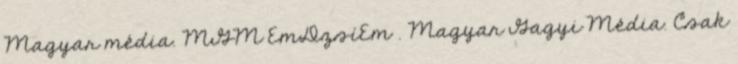
Magyar média. MGM EmDzsíEm . Magyar Gagyi Média. Csak